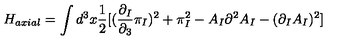
H _ { a x i a l } = \int d ^ { 3 } x \frac { 1 } { 2 } [ ( \frac { \partial _ { I } } { \partial _ { 3 } } \pi _ { I } ) ^ { 2 } + \pi _ { I } ^ { 2 } - A _ { I } \partial ^ { 2 } A _ { I } - ( \partial _ { I } A _ { I } ) ^ { 2 } ]